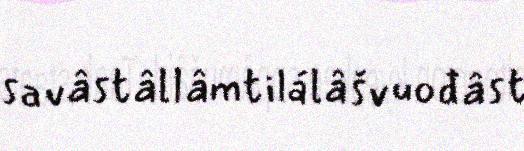
savâstâllâmtilálâšvuođâst